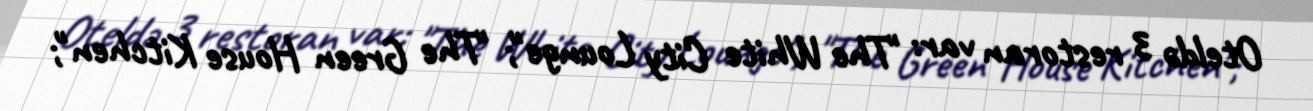
Oteldə 3 restoran var: "The White City Lounge"; "The Green House Kitchen";